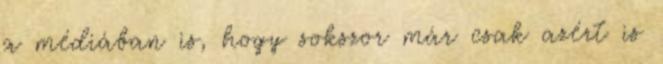
a médiában is, hogy sokszor már csak azért is